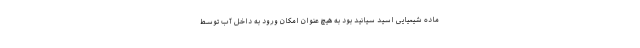
ماده شیمیایی اسید سیانید بود به هیچ عنوان امکان ورود به داخل آب توسط